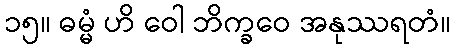
၁၅။ ဓမ္မံ ဟိ ဝေါ ဘိက္ခဝေ အနုဿရတံ။